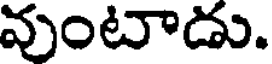
వుంటాడు.